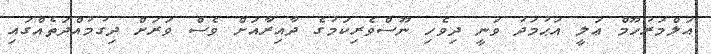
އަލްމަރުހޫމް ޢަލީ އަޙުމަދު ވަނީ ދިވެހި ނޫސްވެރިކަމުގެ ދާއިރާއަށް ވެސް ވަރަށް ދިގުމުއްދަތެއްގައި